Report of the Municipal Commissioner on the plague in Bombay for the year ending 31st May... - Volume 3
Disease focus: Plague
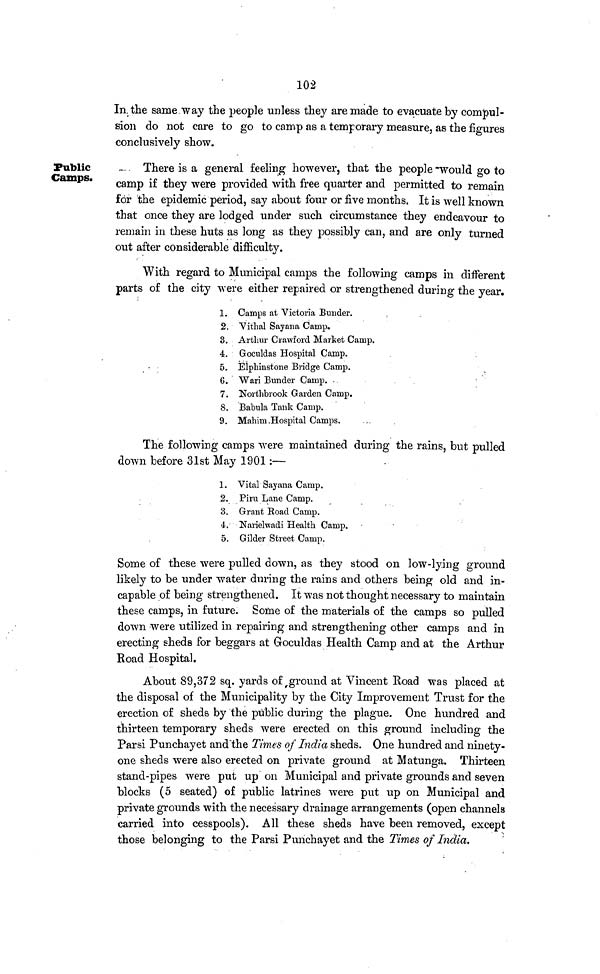
102
In the same way the people unless they are made to evacuate by compul-
sion do not care to go to camp as a temporary measure, as the figures
conclusively show.
Public
Camps.
There is a general feeling however, that the people would go to
camp if they were provided with free quarter and permitted to remain
for the epidemic period, say about four or five months. It is well known
that once they are lodged under such circumstance they endeavour to
remain in these huts as long as they possibly can, and are only turned
out after considerable difficulty.
With regard to Municipal camps the following camps in different
parts of the city were either repaired or strengthened during the year.
1. Camps at Victoria Bunder.
2. Vithal Sayana Camp.
3. Arthur Crawford Market Camp.
4. Goculdas Hospital Camp.
5. Elphinstone Bridge Camp.
6. Wari Bunder Camp.
7. Northbrook Garden Camp.
8. Babula Tank Camp.
9. Mahim-Hospital Camps.
The following camps were maintained during the rains, but pulled
down before 31st May 1901 :—
1. Vital Sayana Camp.
2. Piru Lane Camp.
3. Grant Road Camp.
4. Narielwadi Health Camp.
5. Gilder Street Camp.
Some of these were pulled down, as they stood on low-lying ground
likely to be under water during the rains and others being old and in-
capable of being strengthened. It was not thought necessary to maintain
these camps, in future. Some of the materials of the camps so pulled
down were utilized in repairing and strengthening other camps and in
erecting sheds for beggars at Goculdas Health Camp and at the Arthur
Road Hospital.
About 89,372 sq. yards of ground at Vincent Road was placed at
the disposal of the Municipality by the City Improvement Trust for the
erection of sheds by the public during the plague. One hundred and
thirteen temporary sheds were erected on this ground including the
Parsi Punchayet and the Times of India sheds. One hundred and ninety-
one sheds were also erected on private ground at Matunga. Thirteen
stand-pipes were put up on Municipal and private grounds and seven
blocks (5 seated) of public latrines were put up on Municipal and
private grounds with the necessary drainage arrangements (open channels
carried into cesspools). All these sheds have been removed, except
those belonging to the Parsi Punchayet and the Times of India,